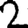
Digit: 2